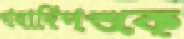
গবাদিপশুকে